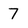
Character: 7